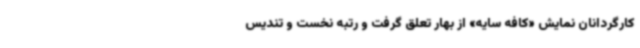
کارگردانان نمایش «کافه سایه» از بهار تعلق گرفت و رتبه نخست و تندیس